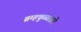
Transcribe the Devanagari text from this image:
ब्रम्हकुळातले